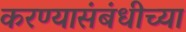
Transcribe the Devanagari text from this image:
करण्यासंबंधीच्या